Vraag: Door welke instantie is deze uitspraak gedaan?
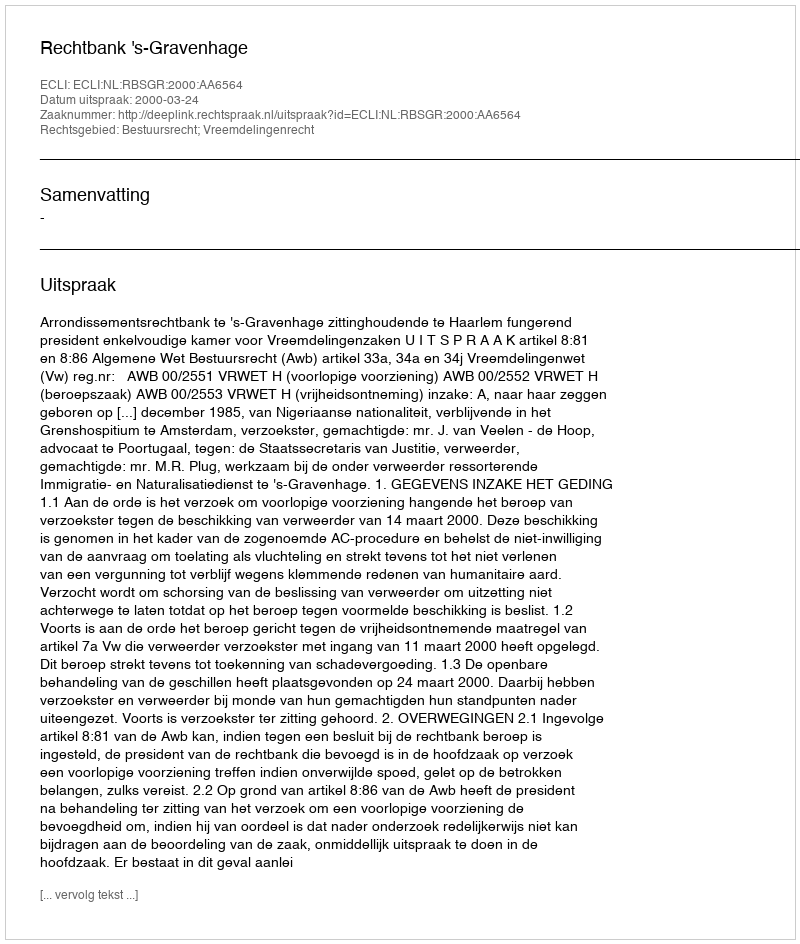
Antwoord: Rechtbank 's-Gravenhage